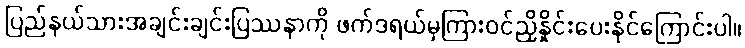
ပြည်နယ်သားအချင်းချင်းပြဿနာကို ဖက်ဒရယ်မှကြားဝင်ညှိနှိုင်းပေးနိုင်ကြောင်းပါ။